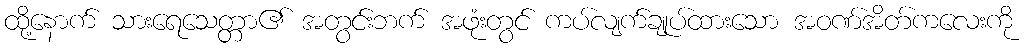
ထို့နောက် သားရေသေတ္တာ၏ အတွင်းဘက် အဖုံးတွင် ကပ်လျက်ချုပ်ထားသော အဝဏ်အိတ်ကလေးကို